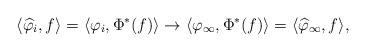
LaTeX: \begin{align*}\langle \widehat{\varphi}_i,f \rangle = \langle \varphi_i,\Phi^*(f) \rangle \rightarrow \langle \varphi_\infty,\Phi^*(f) \rangle = \langle\widehat{\varphi}_\infty,f \rangle,\end{align*}